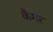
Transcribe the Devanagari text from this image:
कैमर